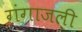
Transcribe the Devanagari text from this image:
गंगाजली